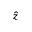
\hat { z }